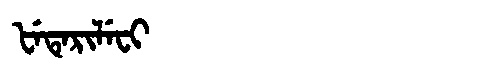
Manchu: ᡶᡝᡨᡝᡵᡳᠯᡝᠸᡳ
Romanization: FETERILEFI